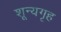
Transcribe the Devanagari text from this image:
शून्यगृह